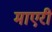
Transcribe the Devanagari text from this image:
माएरी